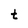
Character: t